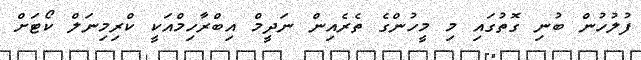
ފުލުހުން ބުނި ގޮތުގައި މި މީހުންގެ ތެރެއިން ނަދީމް އިބްރާހިމްއަކީ ކްރިމިނަލް ކޯޓަށް